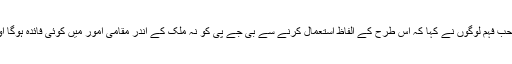
امت شاہ کے اس بیان کی اخباروں اور تعلیمی حلقوں میں بہت تنقید ہوئی اورصاحب فہم لوگوں نے کہا کہ اس طرح کے الفاظ استعمال کرنے سے بی جے پی کو نہ ملک کے اندر مقامی امور میں کوئی فائدہ ہوگا اور نہ ہی ان باتوں سے عالمی سطح پر فارن پالیسی میں کوئی فیض حاصل ہوگا!